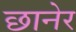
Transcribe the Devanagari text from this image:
छानेर